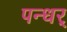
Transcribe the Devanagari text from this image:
पन्धर्